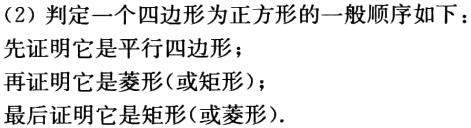
（2）判定一个四边形为正方形的一般顺序如下：
先证明它是平行四边形；
再证明它是菱形（或矩形）；
最后证明它是矩形（或菱形）.